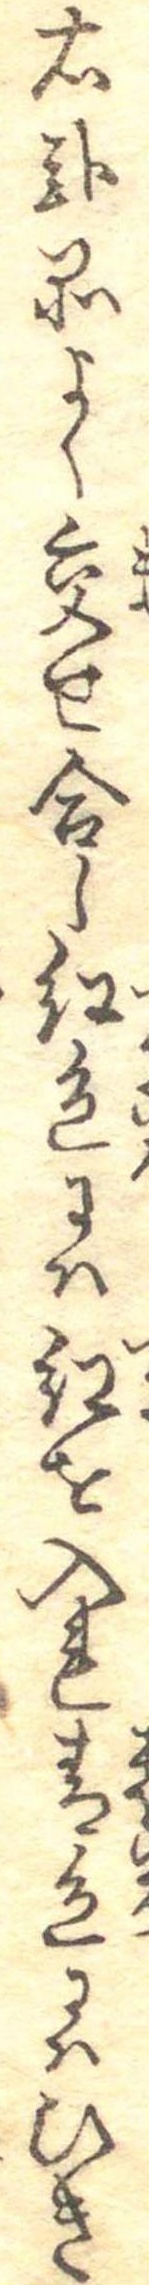
右弐品よく交せ合し紅色には紅を入れ青色にはひき